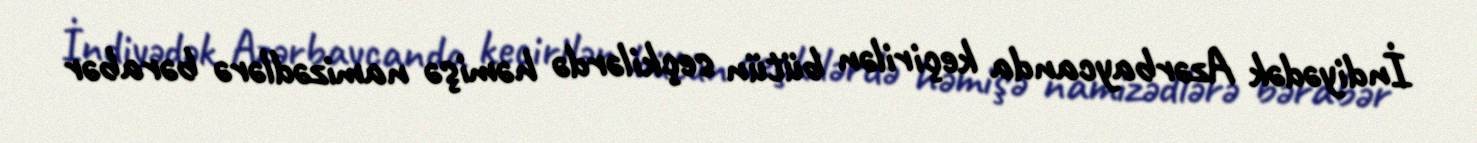
İndiyədək Azərbaycanda keçirilən bütün seçkilərdə həmişə namizədlərə bərabər